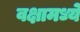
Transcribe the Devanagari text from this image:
वक्षामध्ये